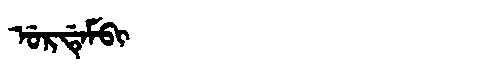
Manchu: ᡠᡵᡩᡝᠮᠪᡳ
Romanization: URDEMBI